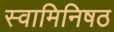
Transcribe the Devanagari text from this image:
स्वामिनिषठ